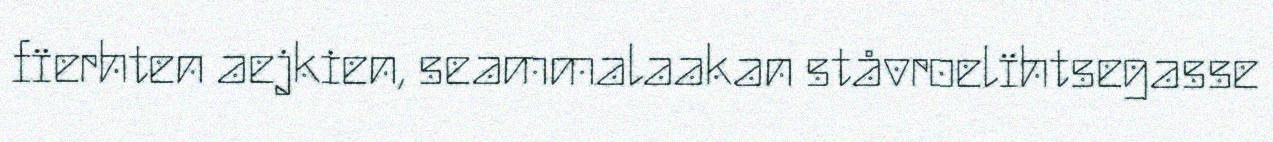
fïerhten aejkien, seammalaakan ståvroelïhtsegasse